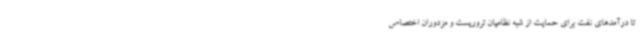
تا درآمدهای نفت برای حمایت از شبه نظامیان تروریست و مزدوران اختصاص